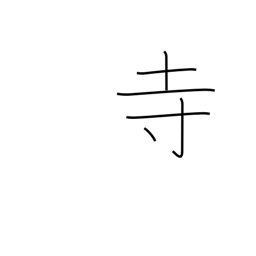
Meaning: Buddhist temple